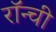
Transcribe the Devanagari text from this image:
रॉन्ची